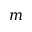
m